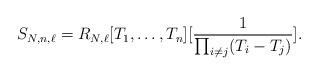
LaTeX: \begin{align*}S_{N, n, \ell}= R_{N, \ell}[T_1, \ldots, T_n][\frac{1}{\prod_{i \neq j} (T_i - T_j)}].\end{align*}